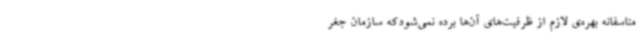
متاسفانه بهره‌ی لازم از ظرفیت‌های آن‌ها برده نمی‌شودکه سازمان جغر